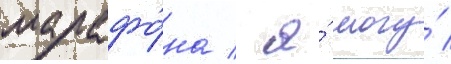
марафо́на / я́ могу́